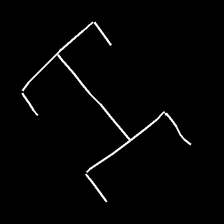
Glyph: entwine